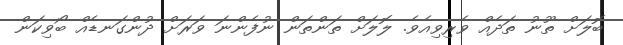
ބޮލަށް ތޫނު ތަދެއް ވެރިވިއެވެ. ލޮލަށް ތަންތަން ނުފެންނަ ވަރަށް ދުންގަނޑެއް ބޯވިކަން